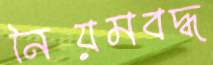
নিয়মবদ্ধ